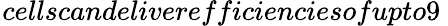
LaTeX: _{}{}cellscandeliverefficienciesofupto9\